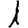
Digit: 1